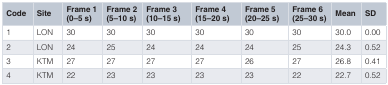
| Code | Site | Frame 1(0–5 s) | Frame 2(5–10 s) | Frame 3(10–15 s) | Frame 4(15–20 s) | Frame 5(20–25 s) | Frame 6(25–30 s) | Mean | SD |
 | --- | --- | --- | --- | --- | --- | --- | --- | --- | --- |
 | 1 | LON | 30 | 30 | 30 | 30 | 30 | 30 | 30.0 | 0.00 |
 | 2 | LON | 24 | 25 | 24 | 24 | 24 | 25 | 24.3 | 0.52 |
 | 3 | KTM | 27 | 27 | 27 | 27 | 26 | 27 | 26.8 | 0.41 |
 | 4 | KTM | 22 | 23 | 23 | 23 | 23 | 22 | 22.7 | 0.52 |